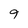
Character: 9